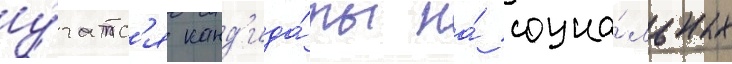
у́чатс'я канд'ида́ты на́ социа́льных